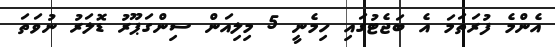
އެންމެ ފުރަތަމަ އެ ބަޖެޓުގައި ހިމެނީ 5 މިލިއަން ސިންގަޕޫރު ޑޮލަރު ނުވަތަ